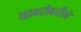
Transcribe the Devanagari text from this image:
याबरोबरीने